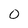
Character: 0